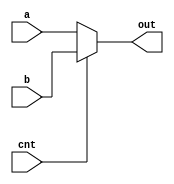
module Mux2(a, b, cnt, out);
    input [31:0] a, b;
    input cnt;
    output [31:0] out;
    assign out = cnt ? b : a;
endmodule